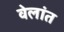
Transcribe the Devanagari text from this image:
वेलांत